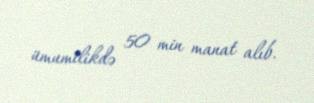
ümumilikdə 50 min manat alıb.